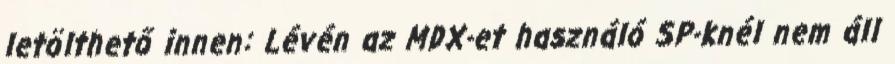
letölthető innen: Lévén az MDX-et használó SP-knél nem áll